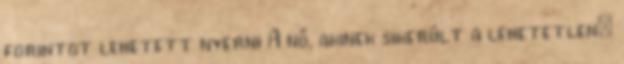
forintot lehetett nyerni A nő, akinek sikerült a lehetetlen: